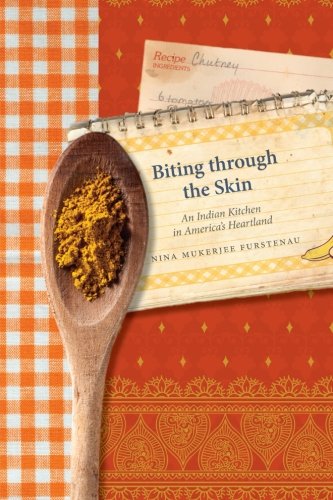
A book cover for Biting through the Skin: An Indian Kitchen in America's Heartland; Nina Mukerjee Furstenau; Biographies & Memoirs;